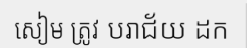
សៀម ត្រូវ បរាជ័យ ដក